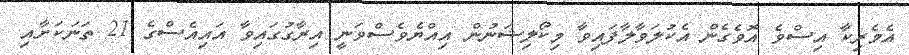
އެމެރިކާ އިސްވެ އޮވެގެން އެކުލަވާލާފައިވާ މިކޯލިޝަނުން އިއްޔެވެސްވަނީ އިރާގުގައިވާ އައިއެސްގެ 21 ތަނަކަށާއި